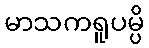
မာသကရူပမ္ပိ